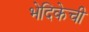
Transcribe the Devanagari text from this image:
भेदिकेची